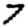
Digit: 7